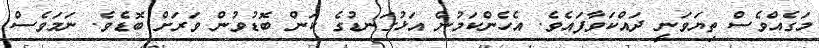
މަގެއްވެސް ތިޔަވަނީ ދައްކަވާފައެވެ. އެހެންކަމުން އަޅުގަނޑުގެ ކަން ބޮޑުވުން ވަރަށް ބޮޑެވެ. ނަމަވެސް